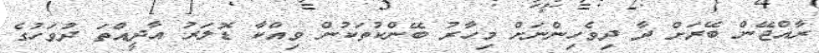
ރާއްޖޭން ބޭރަށް ދާ ދިވެހިންނަށް މިހާރު ބޭންކުތަކުން ވިއްކާ ޑޮލަރު އާދީއްތަ ދުވަހުގެ